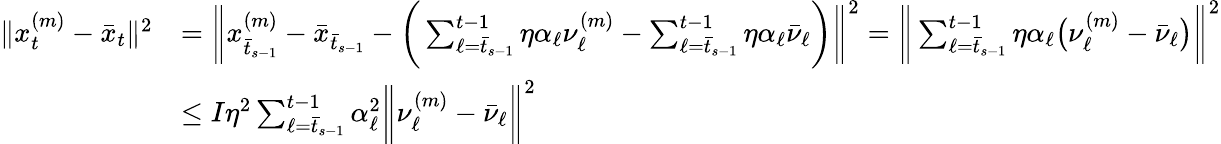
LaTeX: \begin{array}{rl}{\| x_{t}^{(m)}-\bar{x}_{t}\| ^{2}}&{=\bigg\| x_{\bar{t}_{s-1}}^{(m)}-\bar{x}_{\bar{t}_{s-1}}-\bigg(\sum_{\ell=\bar{t}_{s-1}}^{t-1}\eta\alpha_{\ell}\nu_{\ell}^{(m)}-\sum_{\ell=\bar{t}_{s-1}}^{t-1}\eta\alpha_{\ell}\bar{\nu}_{\ell}\bigg)\bigg\| ^{2}=\bigg\| \sum_{\ell=\bar{t}_{s-1}}^{t-1}\eta\alpha_{\ell}\big(\nu_{\ell}^{(m)}-\bar{\nu}_{\ell}\big)\bigg\| ^{2}}\\ &{\leq I\eta^{2}\sum_{\ell=\bar{t}_{s-1}}^{t-1}\alpha_{\ell}^{2}\bigg\| \nu_{\ell}^{(m)}-\bar{\nu}_{\ell}\bigg\| ^{2}}\end{array}